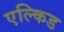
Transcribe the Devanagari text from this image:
एल्किड